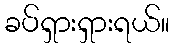
ခပ်ရှားရှားရယ်။